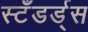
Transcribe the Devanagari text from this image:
स्टँडर्ड्‌स